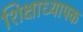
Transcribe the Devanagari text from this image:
शिक्षाध्यापक